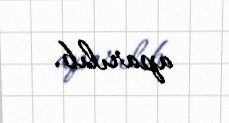
aparılıb.